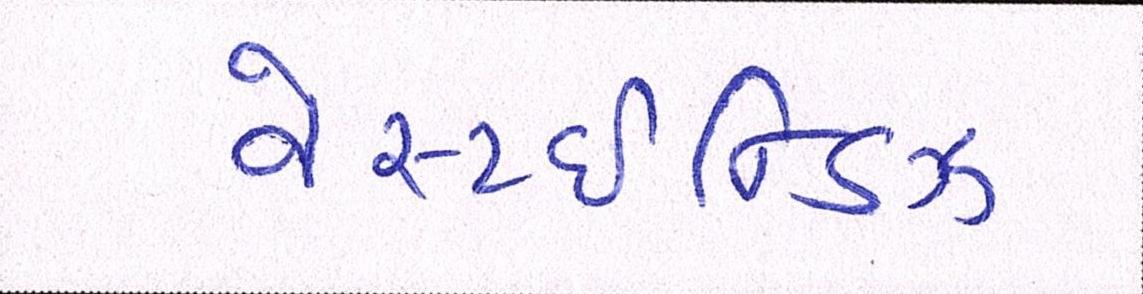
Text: વેસ્ટઈન્ડિઝ